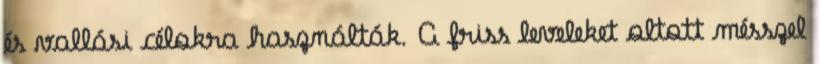
és vallási célokra használták. A friss leveleket oltott mésszel